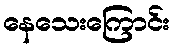
နေသေးကြောင်း